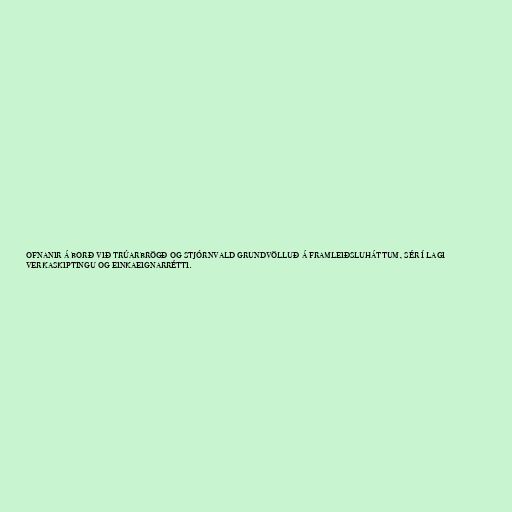
ofnanir á borð við trúarbrögð og stjórnvald grundvölluð á framleiðsluháttum, sér í lagi
verkaskiptingu og einkaeignarrétti.